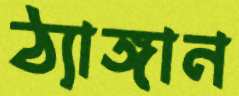
ঠ্যাঙ্গান